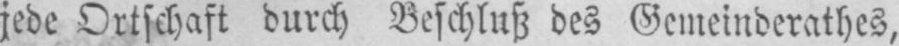
jede Ortschaft durch Beschluß des Gemeinderathes,